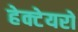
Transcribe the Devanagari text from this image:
हेक्टेयरों